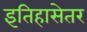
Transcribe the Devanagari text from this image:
इतिहासेतर